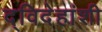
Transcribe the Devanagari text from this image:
द्विदेहांशी